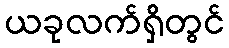
ယခုလက်ရှိတွင်